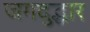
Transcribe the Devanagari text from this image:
जगदुद्धार